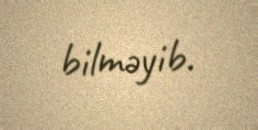
bilməyib.